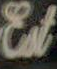
Est